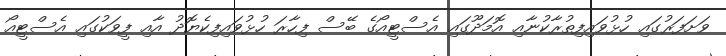
ވަށަފަރުގައި ހުޅުވައިފިތުރާކުނާއި އޮމަދޫގައި އެސްޓީއޯގެ ބޭސް ފިހާރަ ހުޅުވައިފިކެޔޮދު އާއި ފީވަކުގައި އެސްޓީއޯ